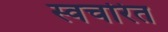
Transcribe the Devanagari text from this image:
स्वचरित